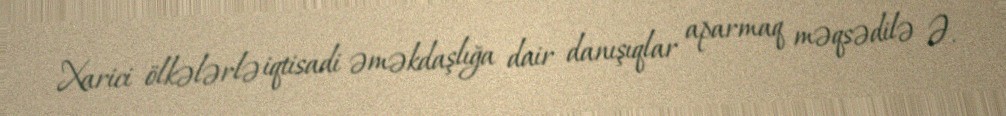
Xarici ölkələrlə iqtisadi əməkdaşlığa dair danışıqlar aparmaq məqsədilə Ə.